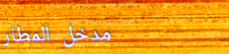
مدخل المطار